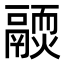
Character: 𩱊